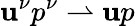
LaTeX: \mathbf{u}^{\nu}p^{\nu}\rightharpoonup\mathbf{u}p